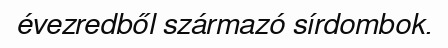
évezredből származó sírdombok.